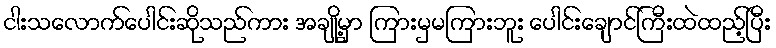
ငါးသလောက်ပေါင်းဆိုသည်ကား အချို့မှာ ကြားမှမကြားဘူး ပေါင်းချောင်ကြီးထဲထည့်ပြီး